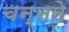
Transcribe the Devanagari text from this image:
चन्नने